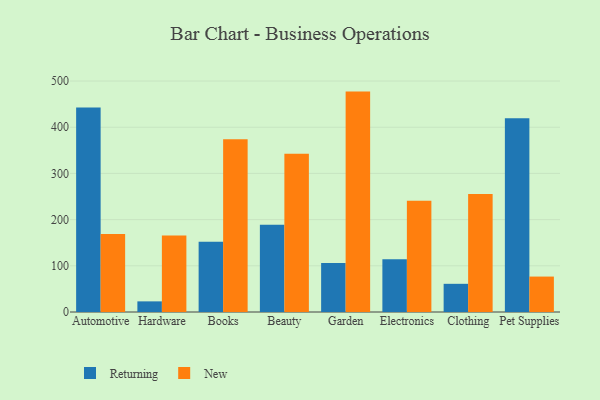
{"axis": {"x": "Category", "y": "Waste Production (Tons)"}, "legend": ["New", "Returning"], "data": [{"x": "Automotive", "y": 442.5, "type": "Returning"}, {"x": "Automotive", "y": 168.9, "type": "New"}, {"x": "Hardware", "y": 23.0, "type": "Returning"}, {"x": "Hardware", "y": 165.5, "type": "New"}, {"x": "Books", "y": 152.0, "type": "Returning"}, {"x": "Books", "y": 373.9, "type": "New"}, {"x": "Beauty", "y": 188.7, "type": "Returning"}, {"x": "Beauty", "y": 342.5, "type": "New"}, {"x": "Garden", "y": 106.0, "type": "Returning"}, {"x": "Garden", "y": 477.1, "type": "New"}, {"x": "Electronics", "y": 114.1, "type": "Returning"}, {"x": "Electronics", "y": 240.9, "type": "New"}, {"x": "Clothing", "y": 61.0, "type": "Returning"}, {"x": "Clothing", "y": 255.3, "type": "New"}, {"x": "Pet Supplies", "y": 419.2, "type": "Returning"}, {"x": "Pet Supplies", "y": 76.7, "type": "New"}]}